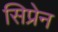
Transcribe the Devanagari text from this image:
सिप्रेन